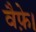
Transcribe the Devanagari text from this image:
वैफ़े।